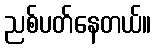
ညစ်ပတ်နေတယ်။